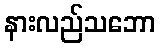
နားလည်သဘော